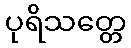
ပုရိသတ္တေ